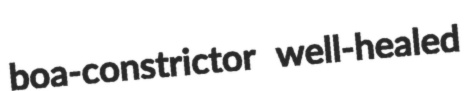
boa-constrictor well-healed